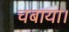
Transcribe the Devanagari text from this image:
चबाया।